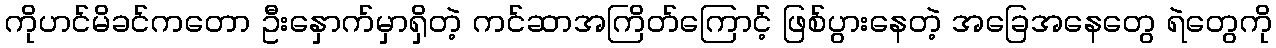
ကိုဟင်မိခင်ကတော ဦးနှောက်မှာရှိတဲ့ ကင်ဆာအကြိတ်ကြောင့် ဖြစ်ပွားနေတဲ့ အခြေအနေတွေ ရဲတွေကို